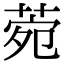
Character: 菀